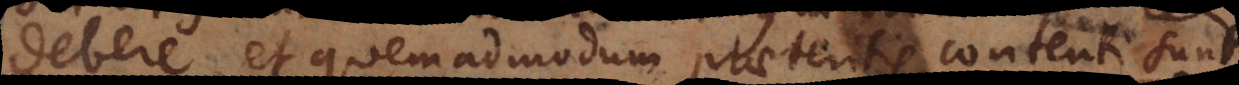
debere, et quemadmodum praeteritis contenti sunt,